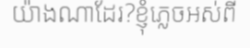
យ៉ាងណាដែរ?ខ្ញុំភ្លេចអស់ពី